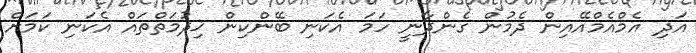
އަދި އެމްއެމްއޭއިން ދެމުން ގެންދާނީ ހަމަ އެކަނި ބޭންކިން ޚިދުމަތްތައް އެކަނި ކަމަށް